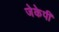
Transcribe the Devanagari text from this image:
जेकेपी